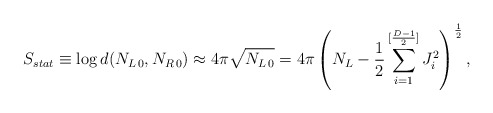
\begin{align*}S_{stat} \equiv \log d(N_{L\,0},N_{R\,0})\approx4\pi\sqrt{N_{L\,0}} = 4\pi\left(N_L - {1\over {2}}\sum_{i=1}^{[{{D-1}\over 2}]}J_i^2\right)^{1\over 2},\end{align*}